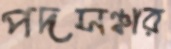
পদসঞ্চার